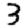
Digit: 3